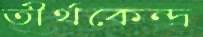
তীর্থকেন্দ্র